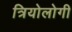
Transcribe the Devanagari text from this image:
त्रियोलोगी